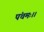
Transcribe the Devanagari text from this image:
पंचमः।।